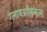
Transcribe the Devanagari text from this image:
ग्लायऑक्जल